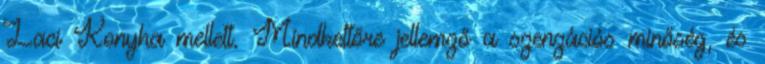
Laci Konyha mellett. Mindkettőre jellemző a szenzációs minőség, és